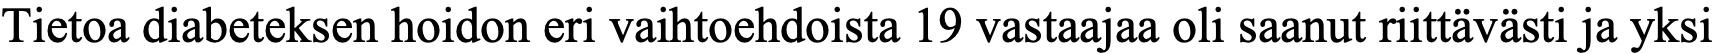
Tietoa diabeteksen hoidon eri vaihtoehdoista 19 vastaajaa oli saanut riittävästi ja yksi